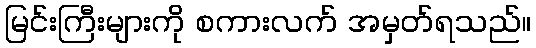
မြင်းကြီးများကို စကားလက် အမှတ်ရသည်။